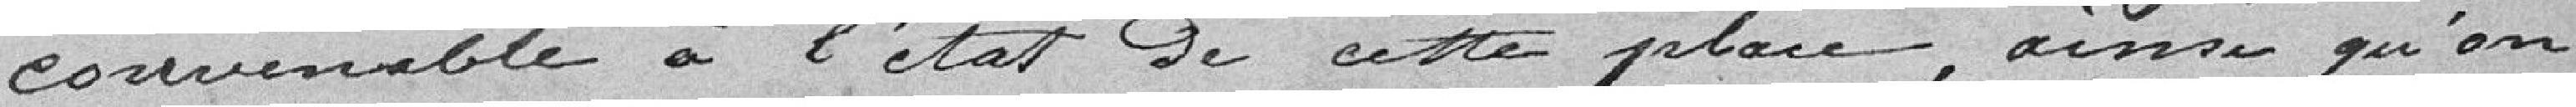
convenable à l'état de cette place, ainsi qu'on